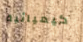
كيميائية